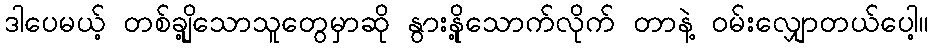
ဒါပေမယ့် တစ်ချို့သောသူတွေမှာဆို နွားနို့သောက်လိုက် တာနဲ့ ဝမ်းလျှောတယ်ပေါ့။